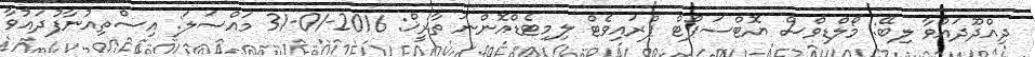
ދިއްދޫދައުވާ ލިބޭ: މޯލްޑިވްސް ޔޮޓްސަޕޯޓް ޕްރައިވެޓް ލިމިޓެޑްއޮންނަ ތާރީޚް: 2016-01-31 މައްސަލަ: އިސްތިއުނާފުދައުވާ